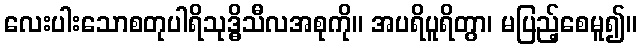
လေးပါးသောစတုပါရိသုဒ္ဓိသီလအစုကို။ အပရိပူရိတွာ၊ မပြည့်စေမူ၍။